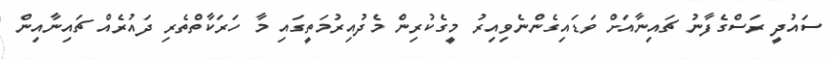
ސައުދީ ރަސްގެފާނު ޗައިނާއަށް ވަޑައިގެންނެވިއިރު މީގެކުރިން މެދުއިރުމަތީގައި މާ ހަރަކާތްތެރި ދައުރެއް ޗައިނާއިން